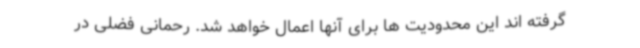
گرفته اند این محدودیت ها برای آنها اعمال خواهد شد. رحمانی فضلی در